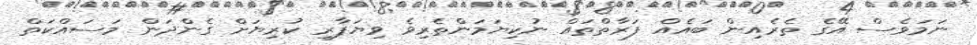
ނަމަވެސް އޭގެ ތެރެއިން ބައެއް ފަރާތްތައް ނުކިޔަމަންތެރިވެ ވިޔަފާރި ކުރިޔަށް ގެންދަން މަސައްކަތް